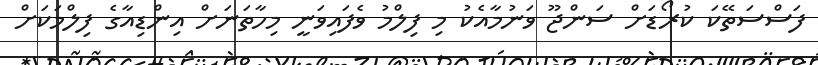
ފަސްސަތޭކަ ކުރޯޑަށް ސަންޖޫ ވަނުމާއެކު މި ފިލްމު ވެފައިވަނީ މިހާތަނަށް އިންޑިއާގެ ފިލްމަކަށް